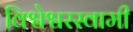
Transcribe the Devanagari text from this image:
विश्वेश्वरस्वामी